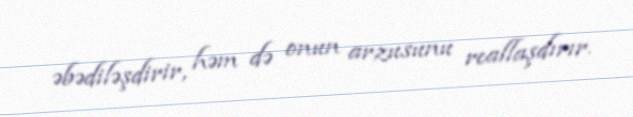
əbədiləşdirir, həm də onun arzusunu reallaşdırır.